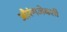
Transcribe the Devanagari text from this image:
औरंगजेबशी